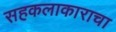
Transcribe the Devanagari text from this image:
सहकलाकाराचा